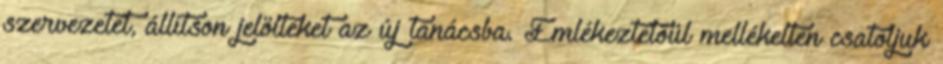
szervezetet, állítson jelölteket az új tanácsba. Emlékeztetőül mellékelten csatoljuk